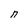
Character: n